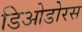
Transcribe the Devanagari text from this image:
डिओडोरस